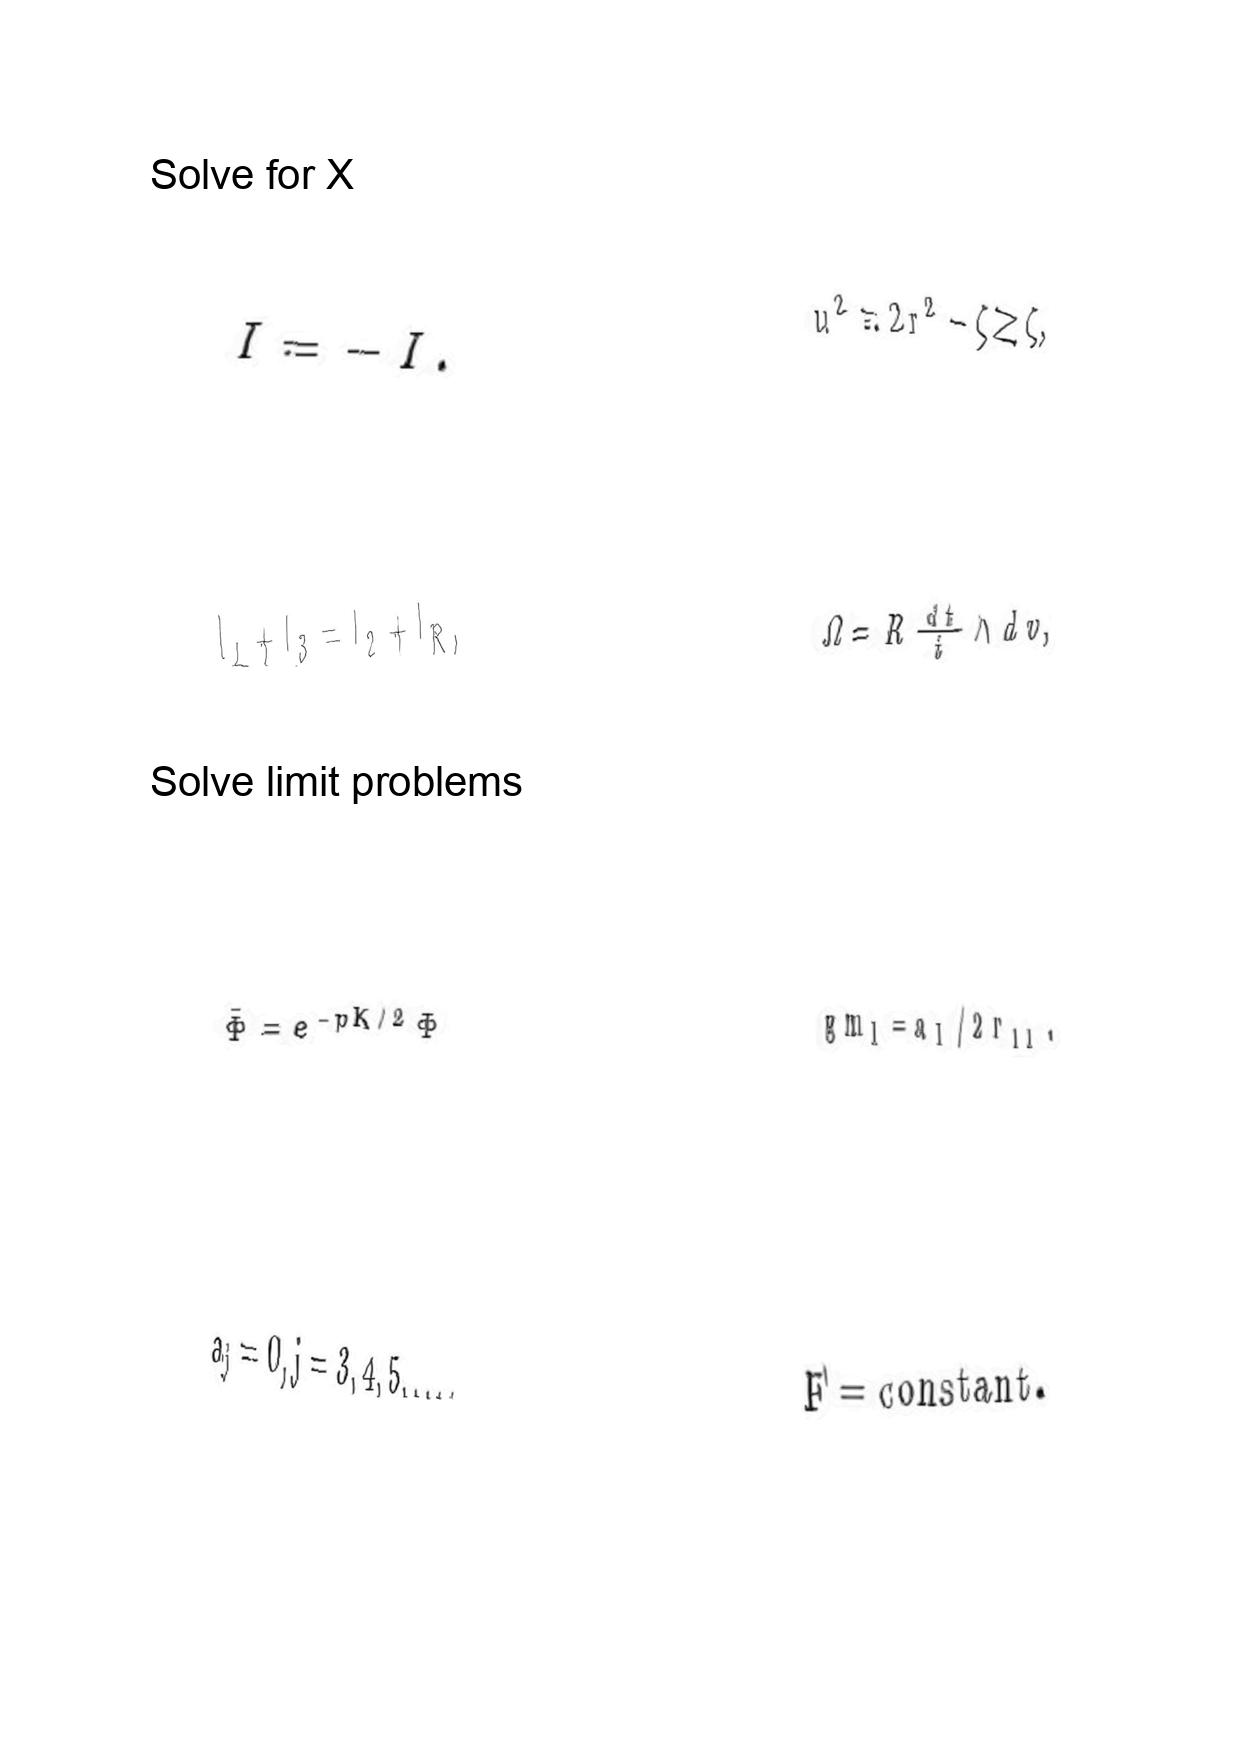
LaTeX transcription:
I = - I .
I _ { 1 } + I _ { 3 } = I _ { 2 } + I _ { R } ,
\tilde { \Phi } = e ^ { - p K / 2 } \Phi
a _ { j } = 0 , j = 3 , 4 , 5 , \ldots .
u ^ { 2 } \equiv 2 r ^ { 2 } - \zeta \geq \zeta ,
\Omega = R \frac { d t } { t } \wedge d v ,
g m _ { I } = a _ { I } / 2 r _ { 1 1 } .
F = \mathrm { c o n s t a n t } .